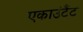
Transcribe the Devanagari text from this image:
एकाउंटैंट